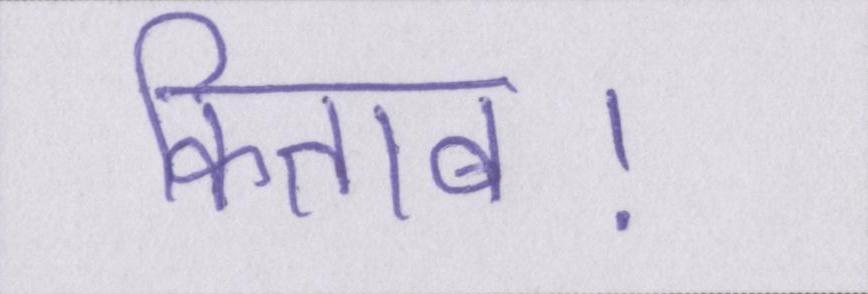
किताब।